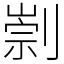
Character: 㓽